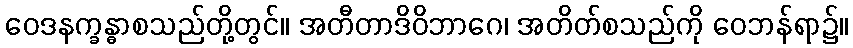
ဝေဒနက္ခန္ဓာစသည်တို့တွင်။ အတီတာဒိဝိဘာဂေ၊ အတိတ်စသည်ကို ဝေဘန်ရာ၌။